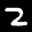
Label: 2